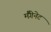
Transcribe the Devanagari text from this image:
मैंगेनेट